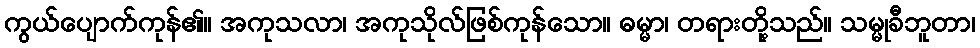
ကွယ်ပျောက်ကုန်၏။ အကုသလာ၊ အကုသိုလ်ဖြစ်ကုန်သော။ ဓမ္မာ၊ တရားတို့သည်။ သမ္မုခီဘူတာ၊